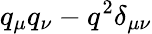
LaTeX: q_{\mu}q_{\nu}-q^{2}\delta_{\mu\nu}